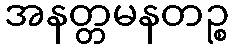
အနတ္တမနတဉ္စ